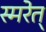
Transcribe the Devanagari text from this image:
स्मरेत्